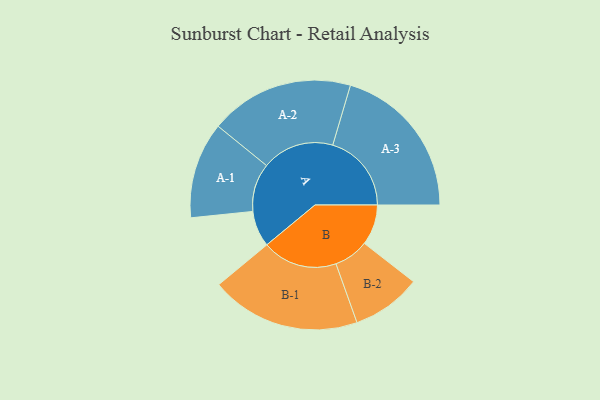
{"axis": {"x": "Segment", "y": "Value"}, "legend": ["", "A", "B"], "data": [{"x": "A", "y": 137, "type": ""}, {"x": "B", "y": 154, "type": ""}, {"x": "A-1", "y": 183, "type": "A"}, {"x": "A-2", "y": 274, "type": "A"}, {"x": "A-3", "y": 299, "type": "A"}, {"x": "B-1", "y": 285, "type": "B"}, {"x": "B-2", "y": 132, "type": "B"}]}